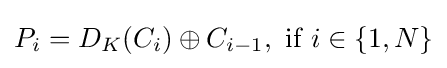
P_{i}=D_{K}(C_{i})\oplus C_{i-1},{\text{ if }}i\in \{1,N\}